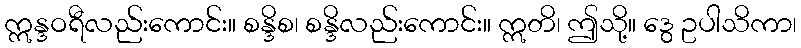
ဣန္ဒဝရီလည်းကောင်း။ စန္ဒိစ၊ စန္ဒိလည်းကောင်း။ ဣတိ၊ ဤသို့။ ဒွေ ဥပါသိကာ၊